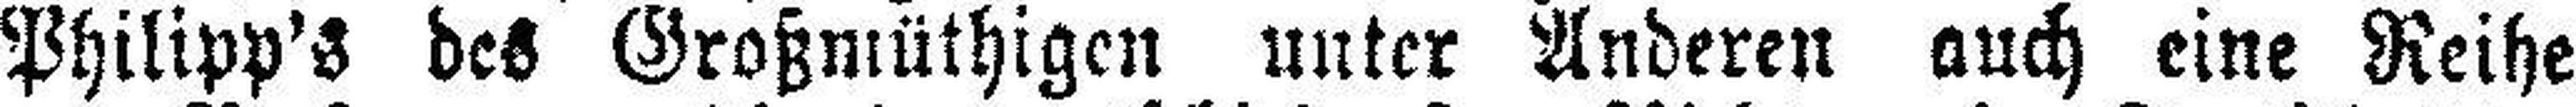
Philipp's des Großmüthigen unter Anderen auch eine Reihe